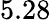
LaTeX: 5.28